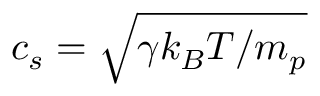
c _ { s } = \sqrt { \gamma k _ { B } T / m _ { p } }